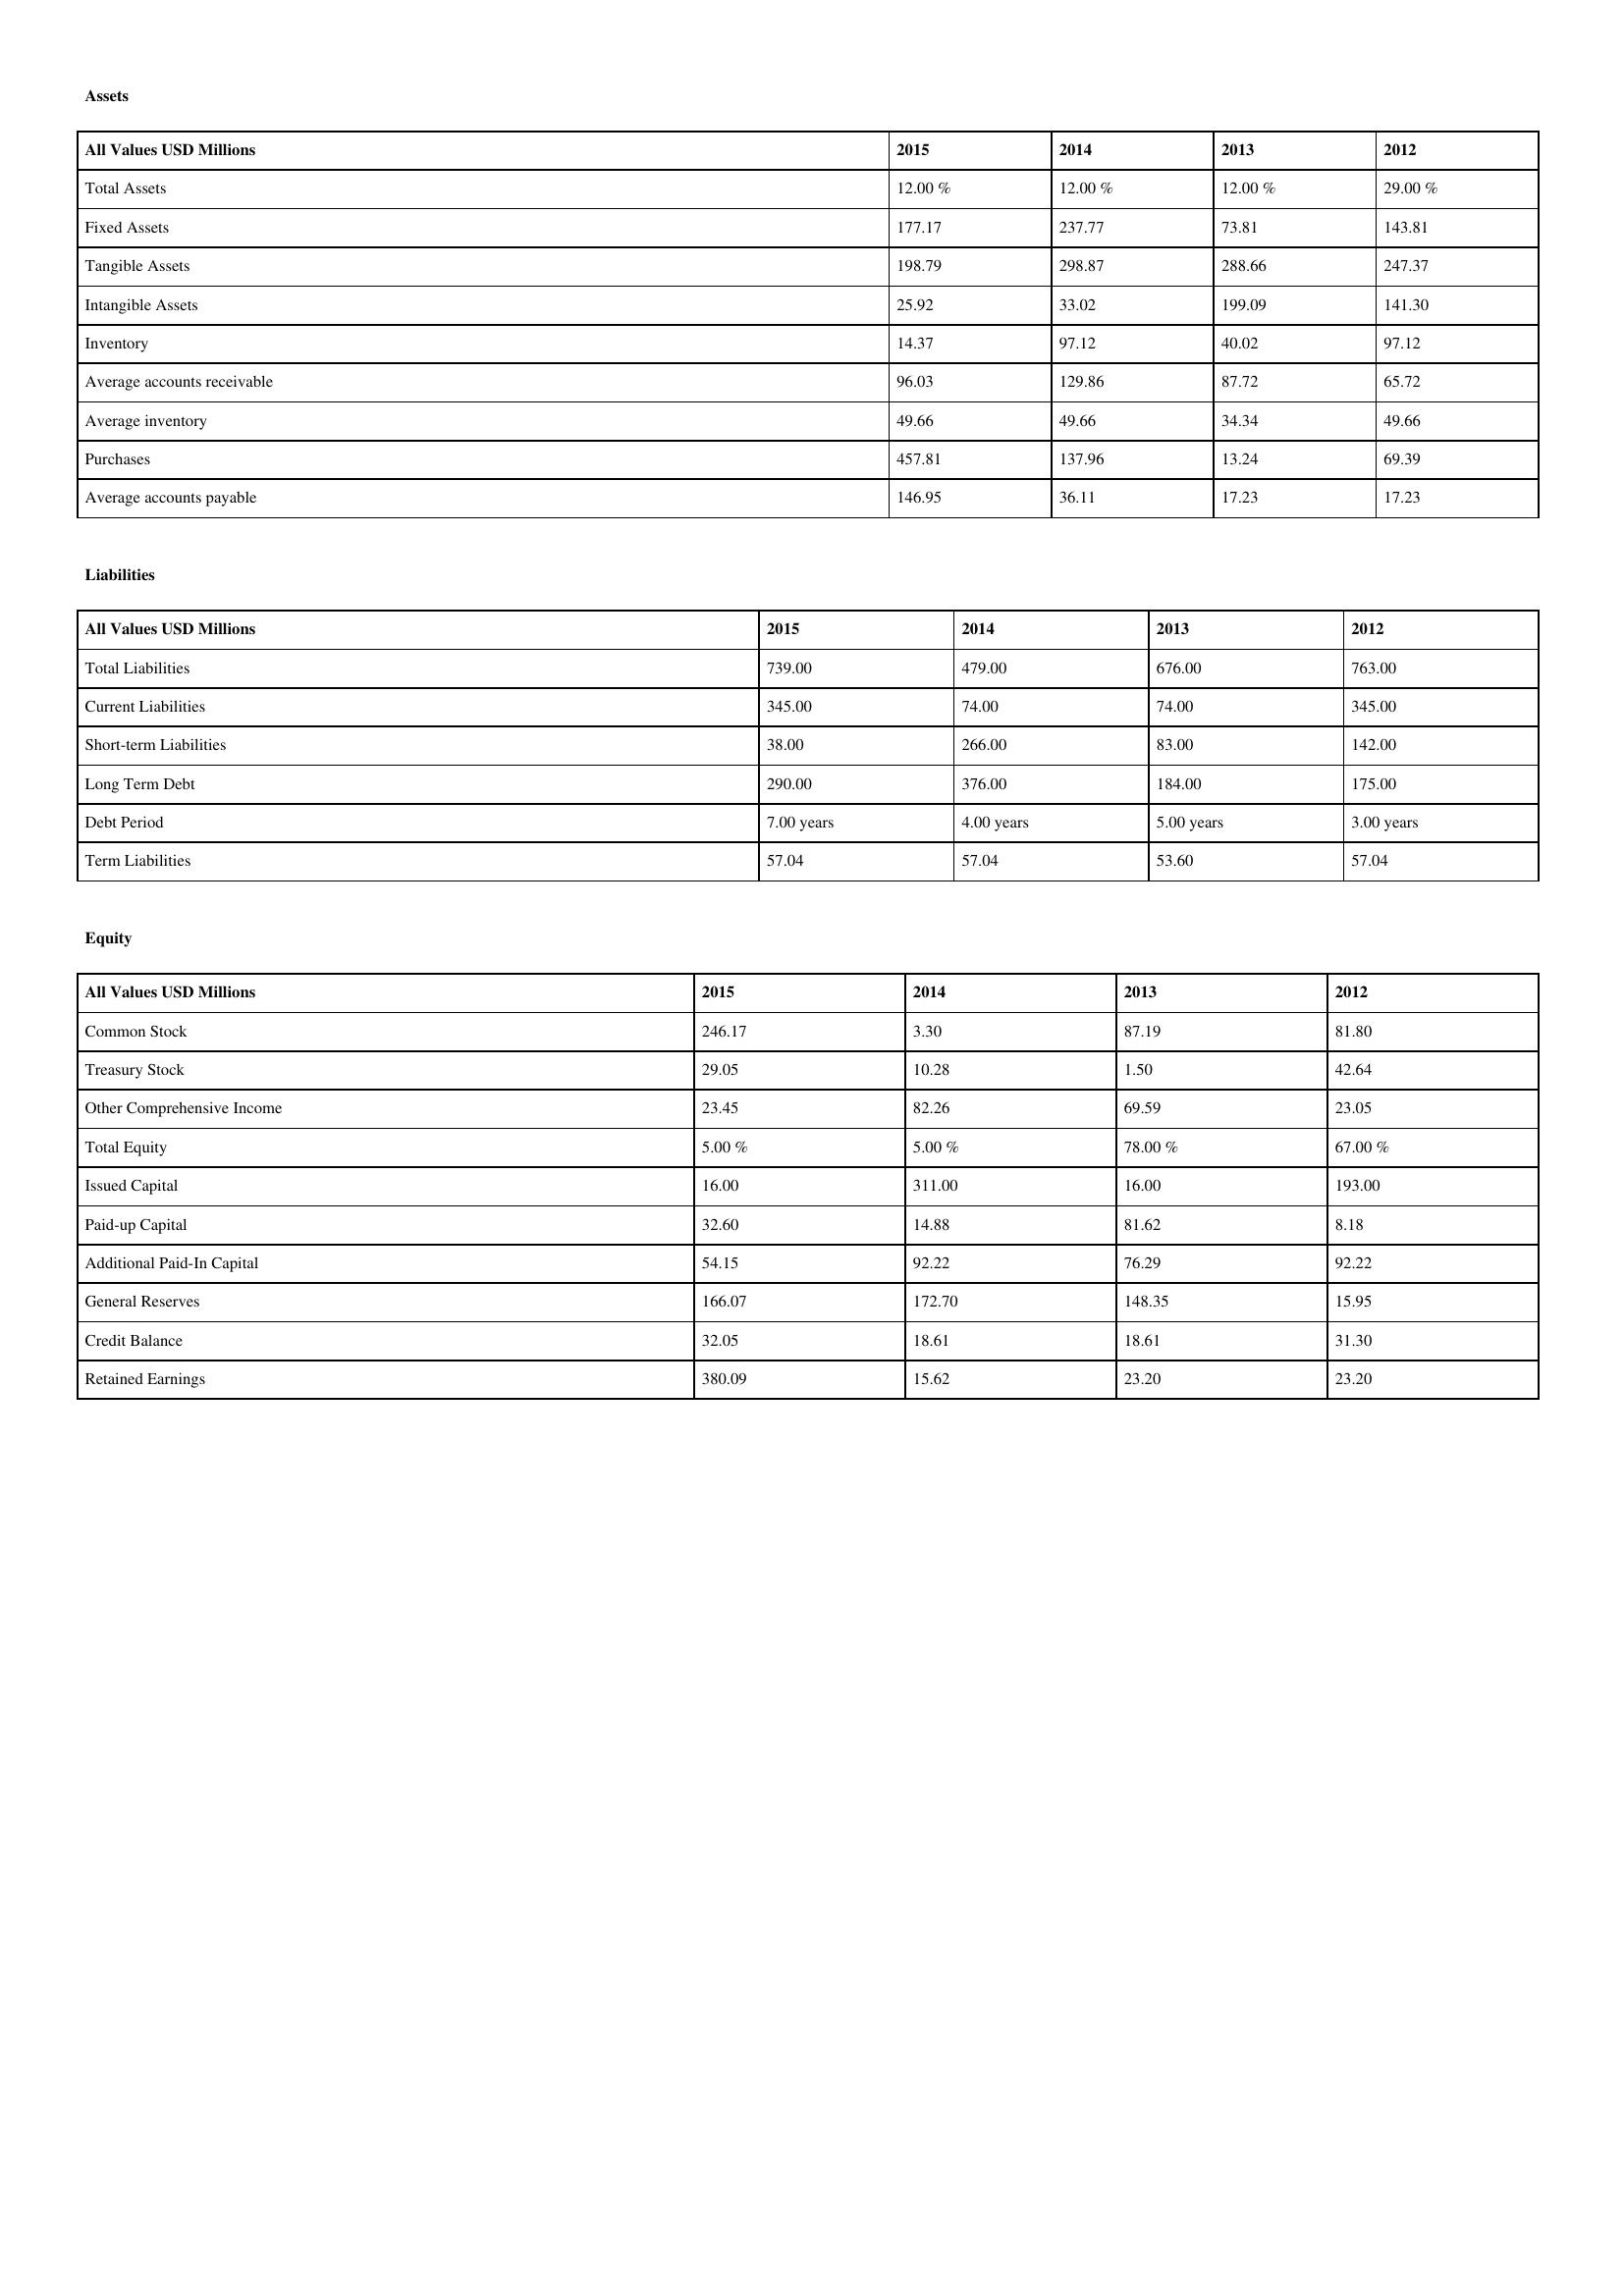
gt_parse: 2015: Assets: Total Assets: 12.00 %
Fixed Assets: 177.17
Tangible Assets: 198.79
Intangible Assets: 25.92
Inventory: 14.37
Average accounts receivable: 96.03
Average inventory: 49.66
Purchases: 457.81
Average accounts payable: 146.95
Liabilities: Total Liabilities: 739.00
Current Liabilities: 345.00
Short-term Liabilities: 38.00
Long Term Debt: 290.00
Debt Period: 7.00 years
Term Liabilities: 57.04
Equity: Common Stock: 246.17
Treasury Stock: 29.05
Other Comprehensive Income: 23.45
Total Equity: 5.00 %
Issued Capital: 16.00
Paid-up Capital: 32.60
Additional Paid-In Capital: 54.15
General Reserves: 166.07
Credit Balance: 32.05
Retained Earnings: 380.09
2014: Assets: Total Assets: 12.00 %
Fixed Assets: 237.77
Tangible Assets: 298.87
Intangible Assets: 33.02
Inventory: 97.12
Average accounts receivable: 129.86
Average inventory: 49.66
Purchases: 137.96
Average accounts payable: 36.11
Liabilities: Total Liabilities: 479.00
Current Liabilities: 74.00
Short-term Liabilities: 266.00
Long Term Debt: 376.00
Debt Period: 4.00 years
Term Liabilities: 57.04
Equity: Common Stock: 3.30
Treasury Stock: 10.28
Other Comprehensive Income: 82.26
Total Equity: 5.00 %
Issued Capital: 311.00
Paid-up Capital: 14.88
Additional Paid-In Capital: 92.22
General Reserves: 172.70
Credit Balance: 18.61
Retained Earnings: 15.62
2013: Assets: Total Assets: 12.00 %
Fixed Assets: 73.81
Tangible Assets: 288.66
Intangible Assets: 199.09
Inventory: 40.02
Average accounts receivable: 87.72
Average inventory: 34.34
Purchases: 13.24
Average accounts payable: 17.23
Liabilities: Total Liabilities: 676.00
Current Liabilities: 74.00
Short-term Liabilities: 83.00
Long Term Debt: 184.00
Debt Period: 5.00 years
Term Liabilities: 53.60
Equity: Common Stock: 87.19
Treasury Stock: 1.50
Other Comprehensive Income: 69.59
Total Equity: 78.00 %
Issued Capital: 16.00
Paid-up Capital: 81.62
Additional Paid-In Capital: 76.29
General Reserves: 148.35
Credit Balance: 18.61
Retained Earnings: 23.20
2012: Assets: Total Assets: 29.00 %
Fixed Assets: 143.81
Tangible Assets: 247.37
Intangible Assets: 141.30
Inventory: 97.12
Average accounts receivable: 65.72
Average inventory: 49.66
Purchases: 69.39
Average accounts payable: 17.23
Liabilities: Total Liabilities: 763.00
Current Liabilities: 345.00
Short-term Liabilities: 142.00
Long Term Debt: 175.00
Debt Period: 3.00 years
Term Liabilities: 57.04
Equity: Common Stock: 81.80
Treasury Stock: 42.64
Other Comprehensive Income: 23.05
Total Equity: 67.00 %
Issued Capital: 193.00
Paid-up Capital: 8.18
Additional Paid-In Capital: 92.22
General Reserves: 15.95
Credit Balance: 31.30
Retained Earnings: 23.20